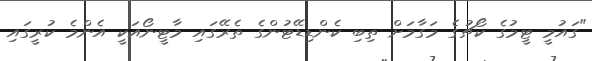
"ގައުމީ ޓީމުގެ ކޯޗުގެ މަގާމަށް ތިބި ކެންޑިޑޭޓުންގެ ތެރޭގައި މާޓީނޯއަކީ އެންމެ ކުރީގައި